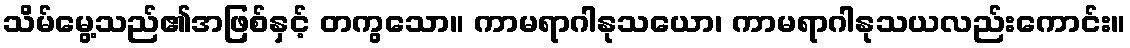
သိမ်မွေ့သည်၏အဖြစ်နှင့် တကွသော။ ကာမရာဂါနုသယော၊ ကာမရာဂါနုသယလည်းကောင်း။